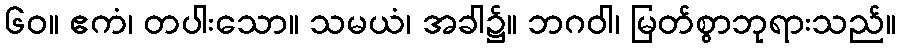
၆၀။ ဧကံ၊ တပါးသော။ သမယံ၊ အခါ၌။ ဘဂဝါ၊ မြတ်စွာဘုရားသည်။